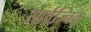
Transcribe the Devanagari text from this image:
सार्वज्निक्